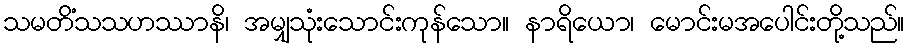
သမတိံသသဟဿာနိ၊ အမျှသုံးသောင်းကုန်သော။ နာရိယော၊ မောင်းမအပေါင်းတို့သည်။